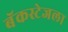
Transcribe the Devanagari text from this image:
बॅकस्टेजला